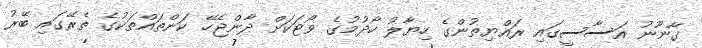
ގާނޫނު އަސާސީގައި ރައްޔިތުންގެ ހިޔާލު ހޯދުމުގެ ވޯޓަކަށް ދާންޖެހޭ ކަންތައްތަކުގެ ތެރޭގައި ބޭރު